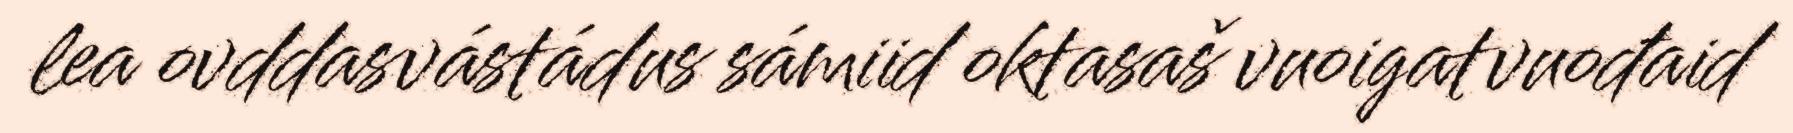
lea ovddasvástádus sámiid oktasaš vuoigatvuođaid